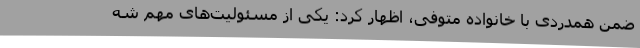
ضمن همدردی با خانواده متوفی، اظهار کرد: یکی از مسئولیت‌های مهم شه